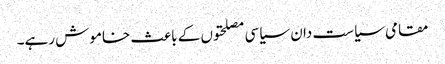
مقامی سیاست دان سیاسی مصلحتوں کے باعث خاموش رہے۔